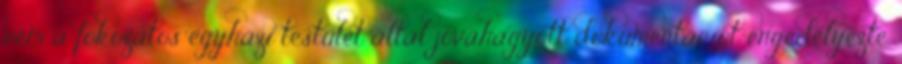
nem a fokozatos egyházi testület által jóváhagyott dokumentációt engedélyezte.